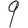
Digit: 9